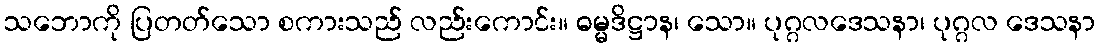
သဘောကို ပြတတ်သော စကားသည် လည်းကောင်း။ ဓမ္မဒိဋ္ဌာန၊ သော။ ပုဂ္ဂလဒေသနာ၊ ပုဂ္ဂလ ဒေသနာ